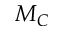
M _ { C }